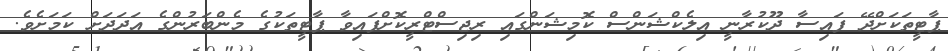
ޕާޓީތަކަށްދޭ ފައިސާ ދޫކުރާނީ އިލެކްޝަންސް ކޮމިޝަންގައި ރިޖިސްޓްރީކޮށްފައިވާ ޕާޓީތަކުގެ މެންބަރުންގެ އަދަދަށް ކަމަށެވެ.